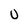
Character: 0